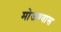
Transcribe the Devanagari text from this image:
मोजण्यास